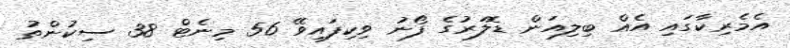
އެމެރިކާގައި އެއް ބިލިއަން ޑޮލަރުގެ ފޯނު ވިކިފައިވޭ 56 މިނެޓް 38 ސިކުންތު